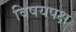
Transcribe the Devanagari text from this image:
विषयपक्ष